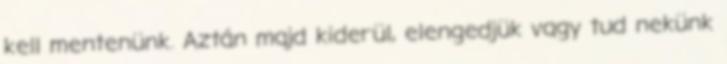
kell mentenünk. Aztán majd kiderül, elengedjük vagy tud nekünk